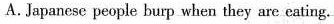
A.Japanese people burp when they are cating.